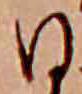
ひ